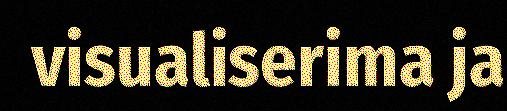
visualiserima ja